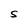
Character: S